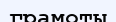
грамоты